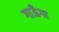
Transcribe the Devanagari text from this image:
गाऊँगा